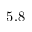
5 . 8